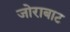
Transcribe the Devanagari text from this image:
जोराबाट